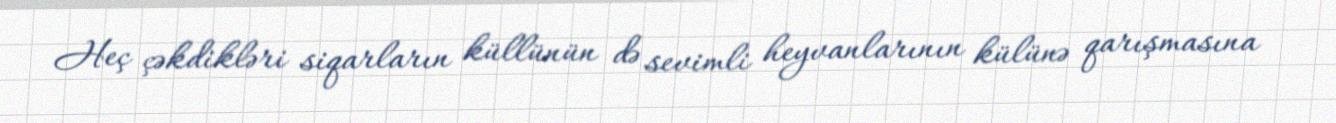
Heç çəkdikləri siqarların küllünün də sevimli heyvanlarının külünə qarışmasına